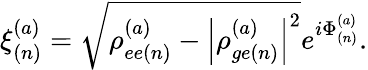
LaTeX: \xi_{(n)}^{(a)}=\sqrt{\rho_{ee(n)}^{(a)}-\left|\rho_{ge(n)}^{(a)}\right|^{2}}e^{i\Phi_{(n)}^{(a)}}.